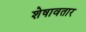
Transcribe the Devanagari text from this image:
शेषावतार